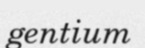
gentium